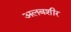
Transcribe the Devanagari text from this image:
अलबशीर